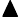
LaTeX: \blacktriangle